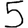
Digit: 5